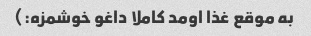
به موقع غذا اومد کاملا داغو خوشمزه:)